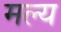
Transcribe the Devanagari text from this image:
मल्य